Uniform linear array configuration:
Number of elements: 8
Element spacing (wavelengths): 0.25
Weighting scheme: exponential
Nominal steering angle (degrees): -45
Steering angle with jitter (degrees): -44.106
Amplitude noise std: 0.05
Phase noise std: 0.05

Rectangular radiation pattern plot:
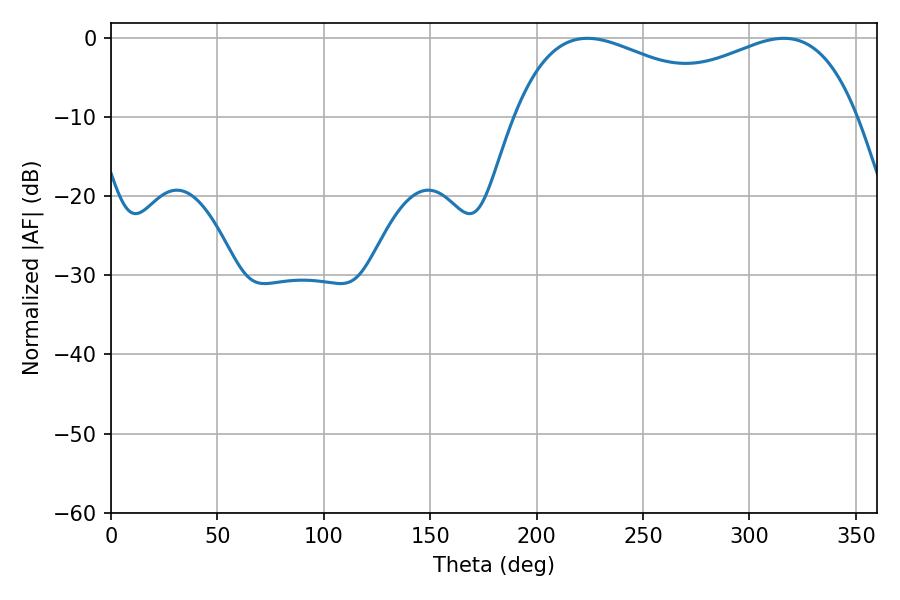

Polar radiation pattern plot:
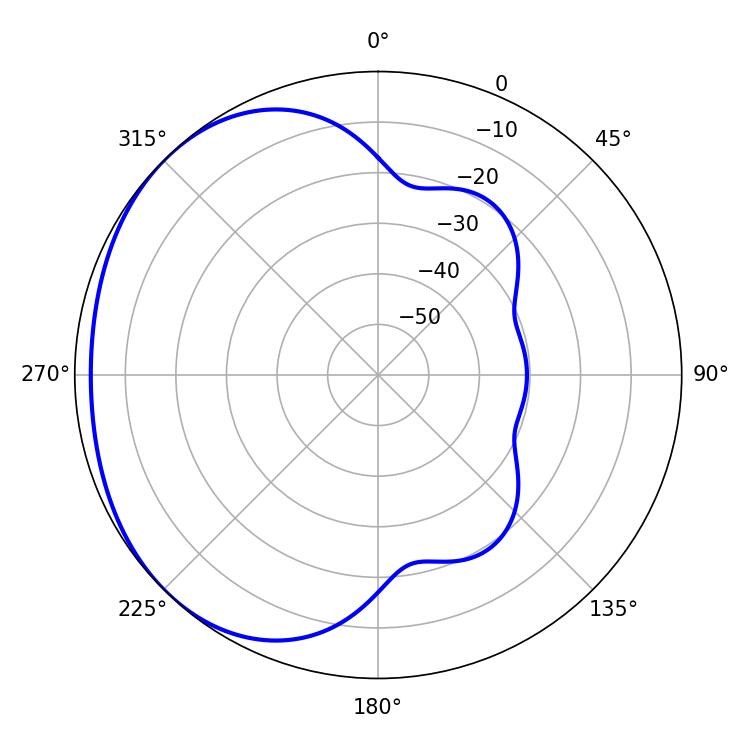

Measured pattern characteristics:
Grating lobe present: FALSE
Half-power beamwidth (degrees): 59.58
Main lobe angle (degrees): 223.92